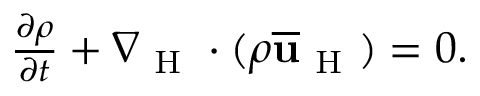
\begin{array} { r } { \frac { \partial \rho } { \partial t } + \nabla _ { \mathrm { ~ H ~ } } \cdot ( \rho \overline { { \mathbf { u } } } _ { \mathrm { ~ H ~ } } ) = 0 . } \end{array}